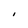
Character: I